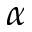
\boldsymbol { \alpha }